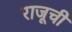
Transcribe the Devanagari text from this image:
राजूची